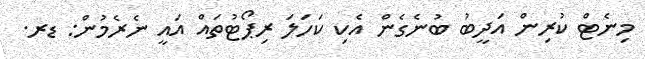
މިނެޓް ކުރިން އަދީބު ބުނެގެން އެކި ކަހަލަ ރިޕޯޓުތައް އައީ ނެރެމުން: ޑރ.